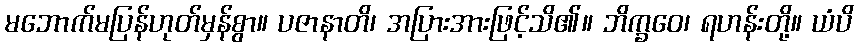
မဘောက်မပြန်ဟုတ်မှန်စွာ။ ပဇာနာတိ၊ အပြားအားဖြင့်သိ၏။ ဘိက္ခဝေ၊ ရဟန်းတို့။ ယံပိ